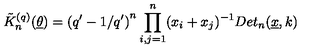
\tilde { K } _ { n } ^ { ( q ) } ( \underline { { \theta } } ) = \left( q ^ { \prime } - 1 / q ^ { \prime } \right) ^ { n } \prod _ { i , j = 1 } ^ { n } ( x _ { i } + x _ { j } ) ^ { - 1 } D e t _ { n } ( \underline { { x } } , k )